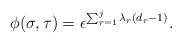
\begin{align*}\phi(\sigma, \tau) = \epsilon^{\sum_{r=1}^j \lambda_r (d_r - 1)}.\end{align*}